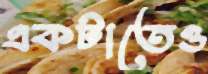
একটাতেও